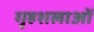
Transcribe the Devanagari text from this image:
गृहशलाओं